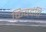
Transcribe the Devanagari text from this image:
किवदंति